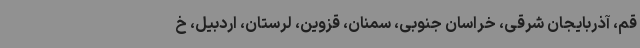
قم، آذربایجان شرقی، خراسان جنوبی، سمنان، قزوین، لرستان، اردبیل، خ